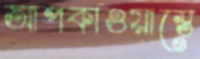
আপকাওয়াস্তে